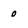
Character: o